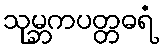
သုမ္ဘကပတ္တဓရံ